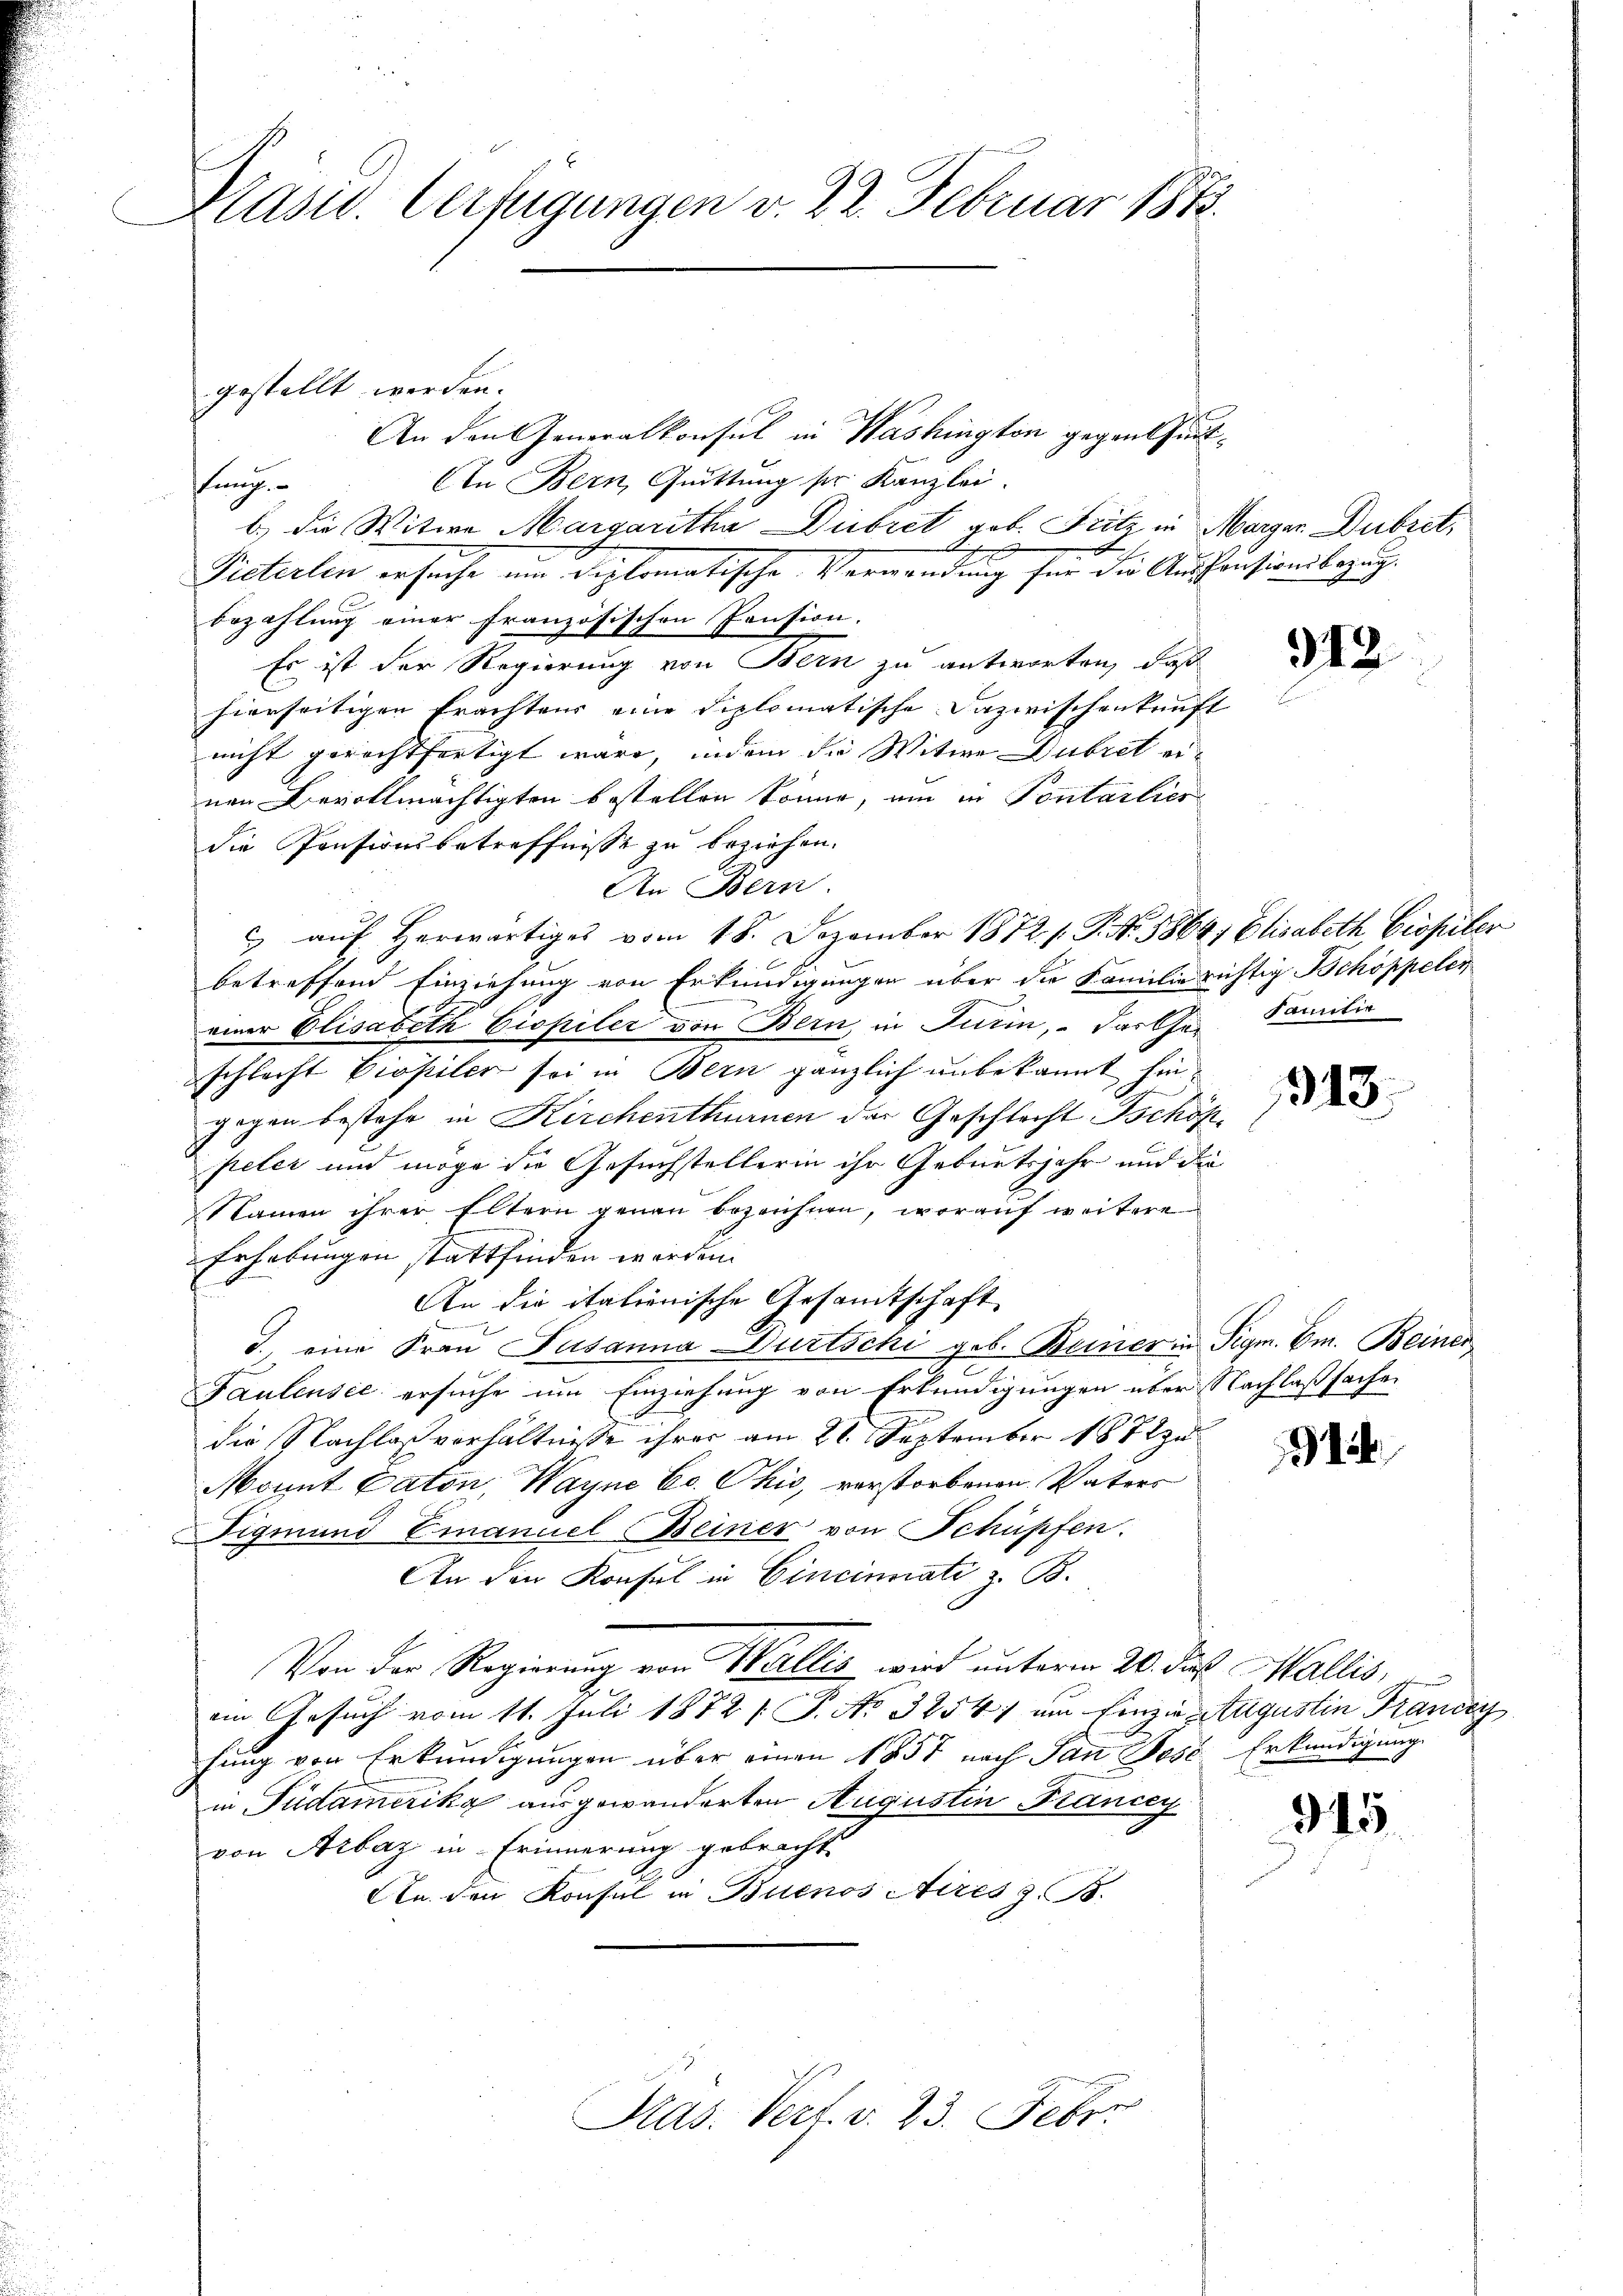
Präsid. Verfügungen v. 22. Februar 1873.

An den Generalkonsul in Washington gegen ent¬
An Bern, Quittung ser Kanzlei.
Pfing.
b.) die Witwe Margaritha Dübret geb. Fritz in Marger Dubret,
e
Pieterlin ersuche um diplomatische Verwendung für die Aussensionsbezug
bezahlung einer französischen Pension.
Es ist der Regierung von Bern zu antworten, daß
hierseitigen trachtens eine diplomatische Dazwischenkunft
nicht gerechtfertigt wäre, indem die Witwe Dubret ernen Bevollmächtigten bestellen könne, um in Pontarlier
die Pensionsbetreffnisse zu beziehen.
An Bern.
 aŭf herwärtiges vom 18. Dezember 1872. 1. P. Nr. 5864, Elisabeth Gropiler
betreffend Einziehung von Erkundigungen über die Familie richtig Schöppelen
einer Elisabeth Ciopiler von Bern in Turin, das Ge- Familie
schlacht Giopilen sei in Bern gänzlich unbekannt hiegogen bestehe in Kirchenthurnen der Geschlecht schön
peler und möge die Gesuchstellerin ihr Geburtsjahr und die
Namen ihrer Eltern genau bezeichnen, worauf weitere
Erhebungen stattfinden werden.
An die italienische Gesandtschaft
d. eine Frau Susanna Dürtschi geb. Beiner in Sigm. Em. Beiner
2
Faulensee ersuche um Einziehung von Erkundigungen über Nachlaßsachen
die Nachlaßverhältnisse ihrer am 21. September 1872 zu
Monnt Caton, Wayne Cc. Ohio, verstorbenen Vaters
Sigmund Emanuel Beiner von Schüpfen.
An den Konsul in Cincinati z. B.
Von der Regierung von Wallis wird unterm 20. des Wallis,
am Gesuch vom 11. Juli 1872 [ P. No 32547 um Einzie Augustin Franczy
fung von Erkundigungen über einen 1857 nach San Post Erkundigung
in Pudamerika ausgewanderten Augustin Francey
von Arbay in Erinnerung gebracht.
An den Konsul in Buenos Aires z. B.
Pras. Verf. v. 23. Feber

gestellt werden.

912

1313.

1

345